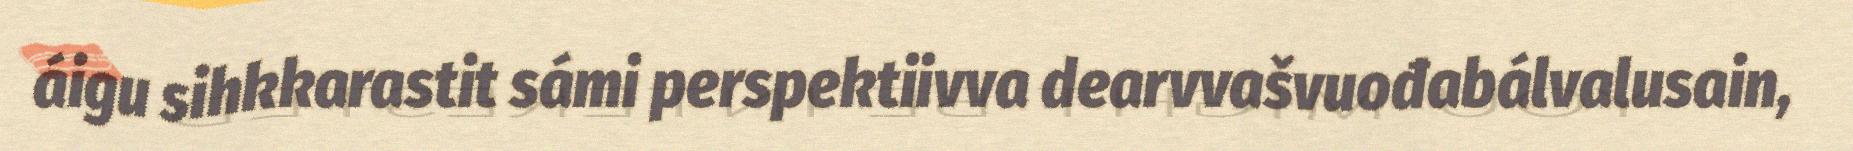
áigu sihkkarastit sámi perspektiivva dearvvašvuođabálvalusain,